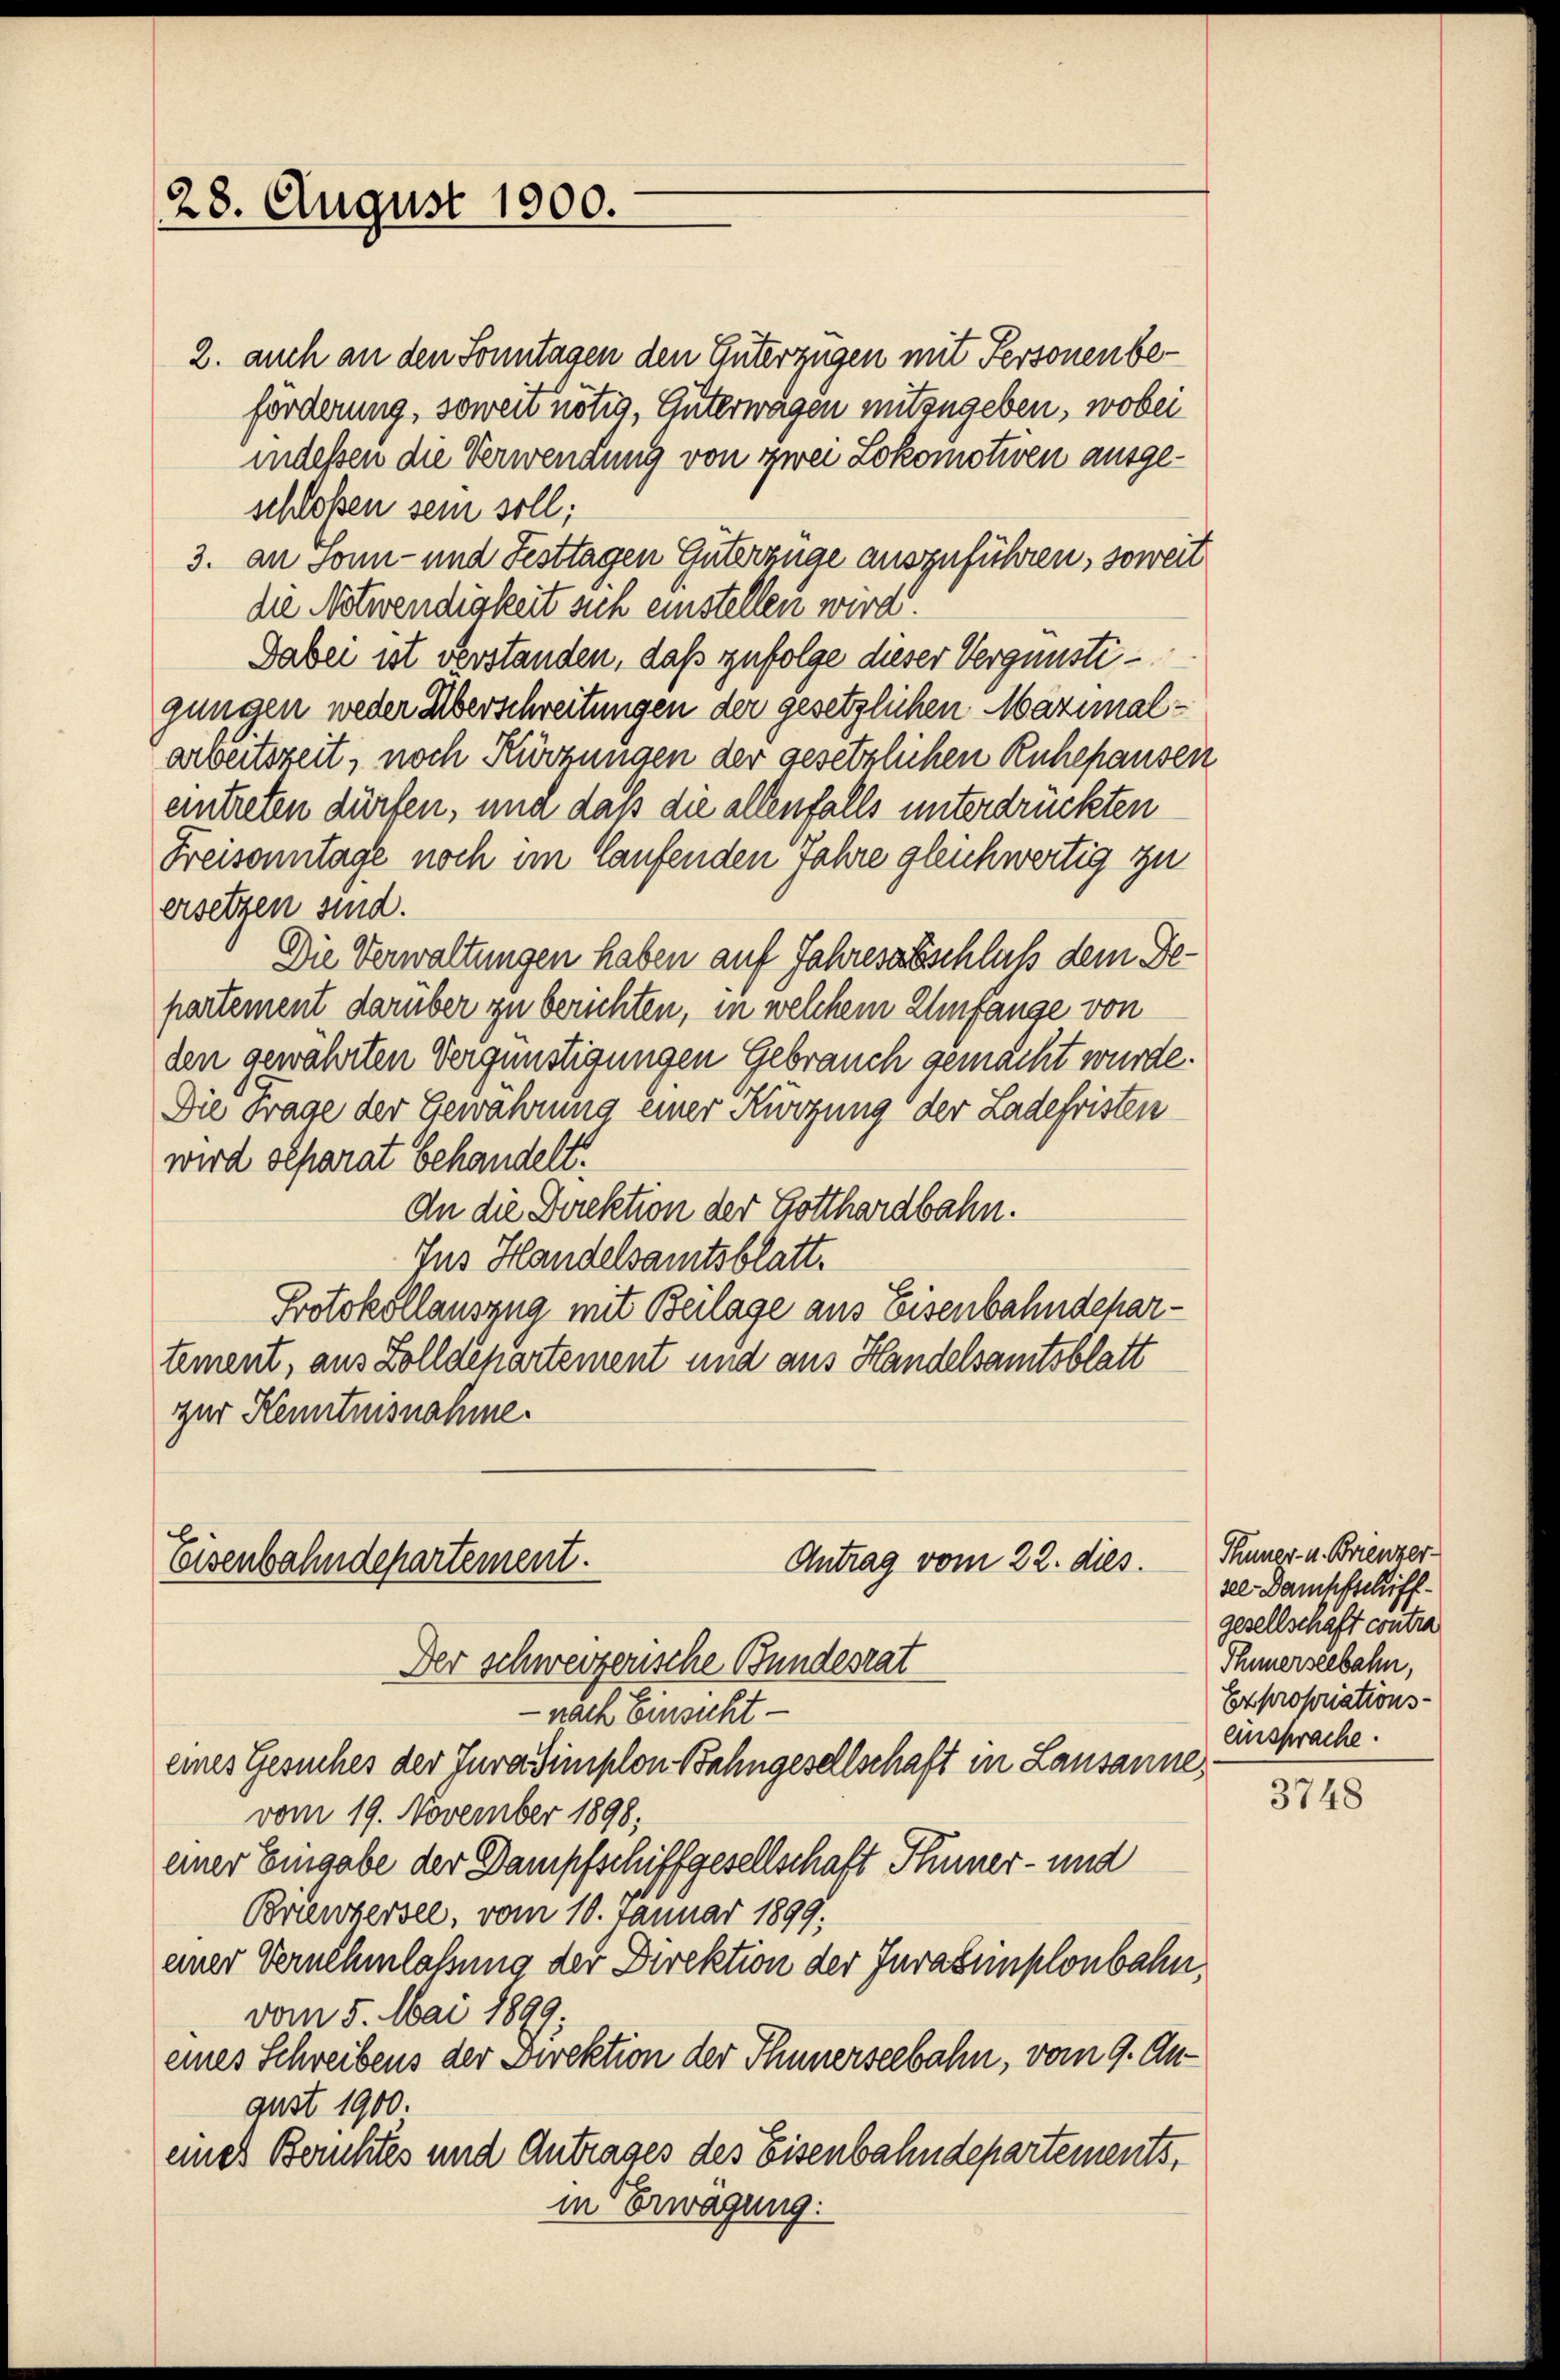
28. August 1900.

Antrag vom 22. dies
Eisenbahndepartement.
Der schweizerische Bundesrat

2. auch an den Sonntagen den Güterzügen mit Personenbeförderung, soweit nötig, Güterwagen mitzugeben, wobei
indeßen die Verwendung von zwei Lokomotiven ausgeschloßen sein soll;
3. an Sonn- und Festtagen Güterzüge auszuführen, soweit
die Notwendigkeit sich einstellen wird.
Dabei ist verstanden, daß zufolge dieser Vergünstigungen weder Überschreitungen der gesetzlichen Mazinalarbeitszeit, noch Kürzungen der gesetzlichen Ruhepausen
eintreten dürfen, und daß die allenfalls unterdrückten
Freisonntage noch im laufenden Jahre gleichwertig zu
ersetzen sind.
Die Verwaltungen haben auf Jahresabschluß dem Gepartement darüber zu berichten, in welchem Umfange von
den gewährten Vergünstigungen Gebrauch gemacht wurde.
Die Frage der Gewährung einer Kürzung der Ladefristen
wird oeparat behandelt.
An die Direktion der Gotthardbahn.
Ius Handelsamtsblatt.
Protokollauszug mit Beilage aus Eisenbahndepartement, aus Zolldepartement und aus Handelsamtsblatt
zur Kenntnisnahme.

-nach Einsicht
eines Gesuches der Jura simplon Bahngesellschaft in Lausanne,
vom 19. November 1898;
einer Eingabe der Dampfschiffgesellschaft Plümer- und
Brienzersee, vom 10. Januar 1899.
einer Vernehmlassung der Direktion der Jurasimplonbahn,
vom 5. Mai 1899:
eines Schreibens der Direktion der Thunerseebahn, vom 9. Auaust 1900.
eines Beruhtes und Antrages des Eisenbahndepartements,
in Erwägung:

Thuner- u. Brienzer
sel. Dampfschiffgesellschaft contra
Thnerseebahn,
Expropriations-
ansprache.

3748